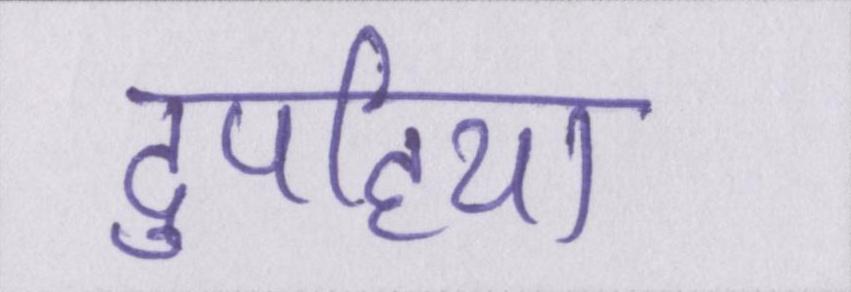
दुपहिया